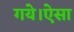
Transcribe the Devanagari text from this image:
गये।ऐसा